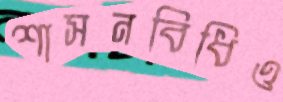
শাসনবিধিও